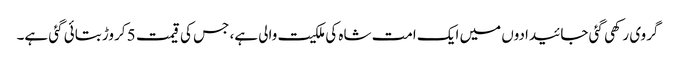
گروی رکھی گئی جائیدادوں میں ایک امت شاہ کی ملکیت والی ہے، جس کی قیمت 5 کروڑ بتائی گئی ہے۔